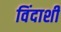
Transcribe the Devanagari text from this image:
विंदाशी